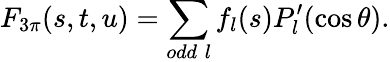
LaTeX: F_{3\pi}(s,t,u)=\sum_{odd\; l}f_{l}(s)P_{l}^{\prime}(\cos\theta).